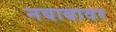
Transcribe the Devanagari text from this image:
नवाबावर